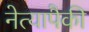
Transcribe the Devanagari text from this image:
नेत्यापैकी